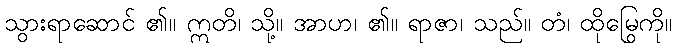
သွားရာဆောင် ၏။ ဣတိ၊ သို့။ အာဟ၊ ၏။ ရာဇာ၊ သည်။ တံ၊ ထိုမြွေကို။